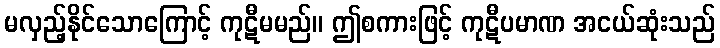
မလှည့်နိုင်သောကြောင့် ကုဋီမမည်။ ဤစကားဖြင့် ကုဋီပမာဏ အငယ်ဆုံးသည်